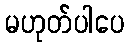
မဟုတ်ပါပေ